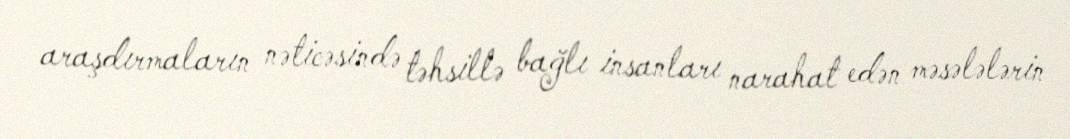
araşdırmaların nəticəsində təhsillə bağlı insanları narahat edən məsələlərin